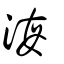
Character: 海